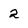
Character: 2